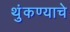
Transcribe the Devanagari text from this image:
थुंकण्याचे